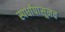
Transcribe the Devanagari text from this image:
स्पर्धांपासूनच